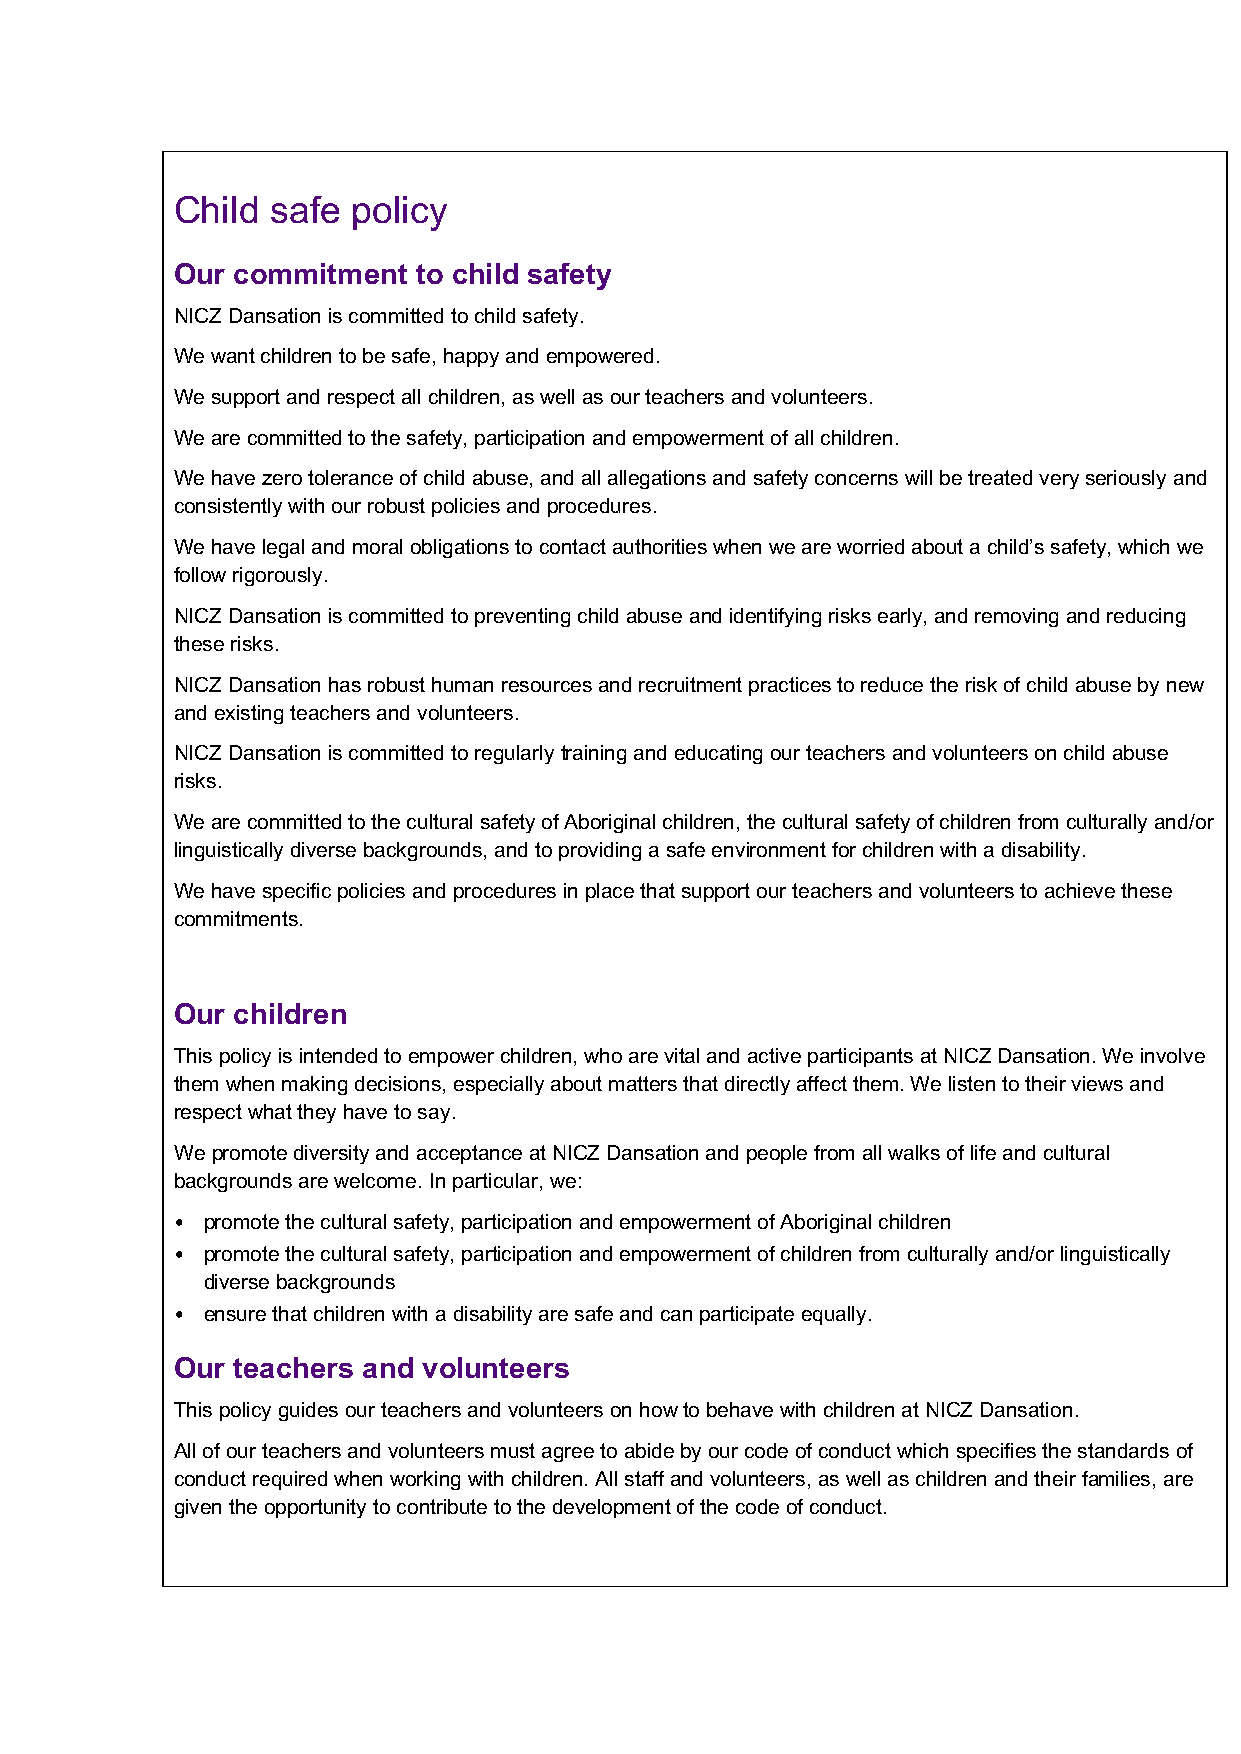
Child safe policy
 Our commitment to child safety
 NICZ Dansation is committed to child safety.
 We want children to be safe, happy and empowered.
 We support and respect all children, as well as our teachers and volunteers.
 We are committed to the safety, participation and empowerment of all children.
 We have zero tolerance of child abuse, and all allegations and safety concerns will be treated very seriously and
 consistently with our robust policies and procedures.
 We have legal and moral obligations to contact authorities when we are worried about a child’s safety, which we
 follow rigorously.
 NICZ Dansation is committed to preventing child abuse and identifying risks early, and removing and reducing
 these risks.
 NICZ Dansation has robust human resources and recruitment practices to reduce the risk of child abuse by new
 and existing teachers and volunteers.
 NICZ Dansation is committed to regularly training and educating our teachers and volunteers on child abuse
 risks.
 We are committed to the cultural safety of Aboriginal children, the cultural safety of children from culturally and/or
 linguistically diverse backgrounds, and to providing a safe environment for children with a disability.
 We have specific policies and procedures in place that support our teachers and volunteers to achieve these
 commitments.
 Our children
 This policy is intended to empower children, who are vital and active participants at NICZ Dansation. We involve
 them when making decisions, especially about matters that directly affect them. We listen to their views and
 respect what they have to say.
 We promote diversity and acceptance at NICZ Dansation and people from all walks of life and cultural
 backgrounds are welcome. In particular, we:
 • promote the cultural safety, participation and empowerment of Aboriginal children
 • promote the cultural safety, participation and empowerment of children from culturally and/or linguistically
 diverse backgrounds
 • ensure that children with a disability are safe and can participate equally.
 Our teachers and volunteers
 This policy guides our teachers and volunteers on how to behave with children at NICZ Dansation.
 All of our teachers and volunteers must agree to abide by our code of conduct which specifies the standards of
 conduct required when working with children. All staff and volunteers, as well as children and their families, are
 given the opportunity to contribute to the development of the code of conduct.